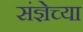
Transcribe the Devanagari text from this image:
संज्ञेच्या